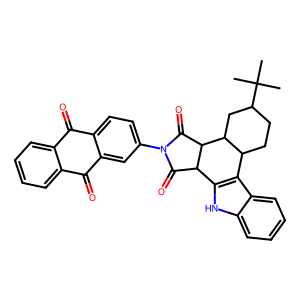
SMILES: CC(C)(C)C1CCC2c3c([nH]c4ccccc34)C3C(=O)N(c4ccc5c(c4)C(=O)c4ccccc4C5=O)C(=O)C3C2C1
Inhibits HIV replication: No